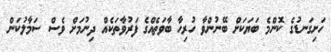
ހަށިގަނޑުގެ ކޮންމެ ބަޔަކަށް ބޭނުންވާ ހުރިހާ ބާވަތެއްގެ ފަރުވާތަކެއް ދިނުމަށް ވެސް ސަމާލުކަން